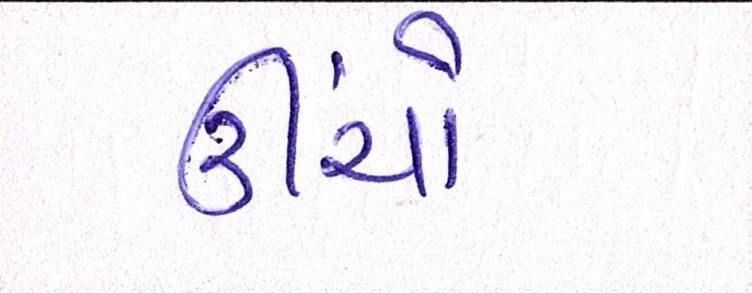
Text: ઊંચો